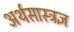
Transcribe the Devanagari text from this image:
अर्थसास्त्रज्ञ